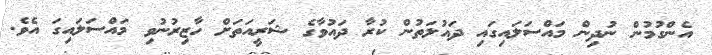
އެންގުމުން ނުދިން މައްސަލައިގައި ދައުލަތުން ކުރާ ދައުވާގެ ޝަރީއަތަށް ހާޒިރުނުވި މައްސަލައިގަ އެވެ.